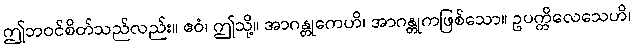
ဤဘဝင်စိတ်သည်လည်း။ ဧဝံ၊ ဤသို့။ အာဂန္တုကေဟိ၊ အာဂန္တုကဖြစ်သော။ ဥပက္ကိလေသေဟိ၊